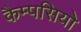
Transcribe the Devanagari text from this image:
कैम्पसियो